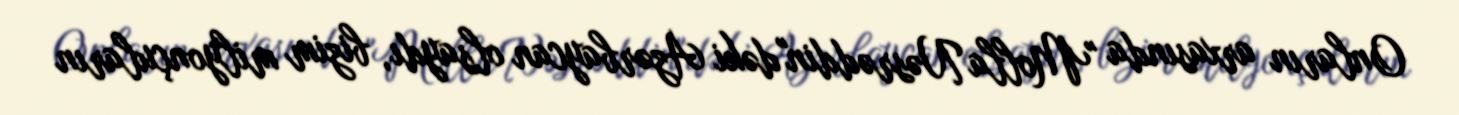
Onların arxasında "Molla Nəsrəddin"dəki Azərbaycan olsaydı, bizim milyonçuların